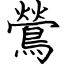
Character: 鶯